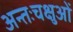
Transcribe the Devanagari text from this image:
अन्तःचक्षुओं